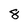
Character: 8